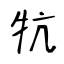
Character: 牨